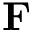
{ \bf F }